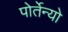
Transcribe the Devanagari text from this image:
पोर्तेन्यो